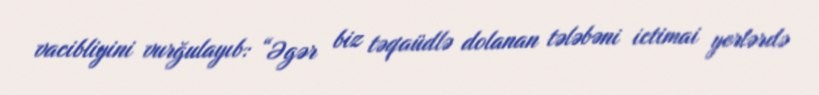
vacibliyini vurğulayıb: “Əgər biz təqaüdlə dolanan tələbəni ictimai yerlərdə